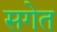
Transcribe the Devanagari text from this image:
सगेत